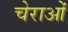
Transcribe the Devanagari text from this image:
चेराओं